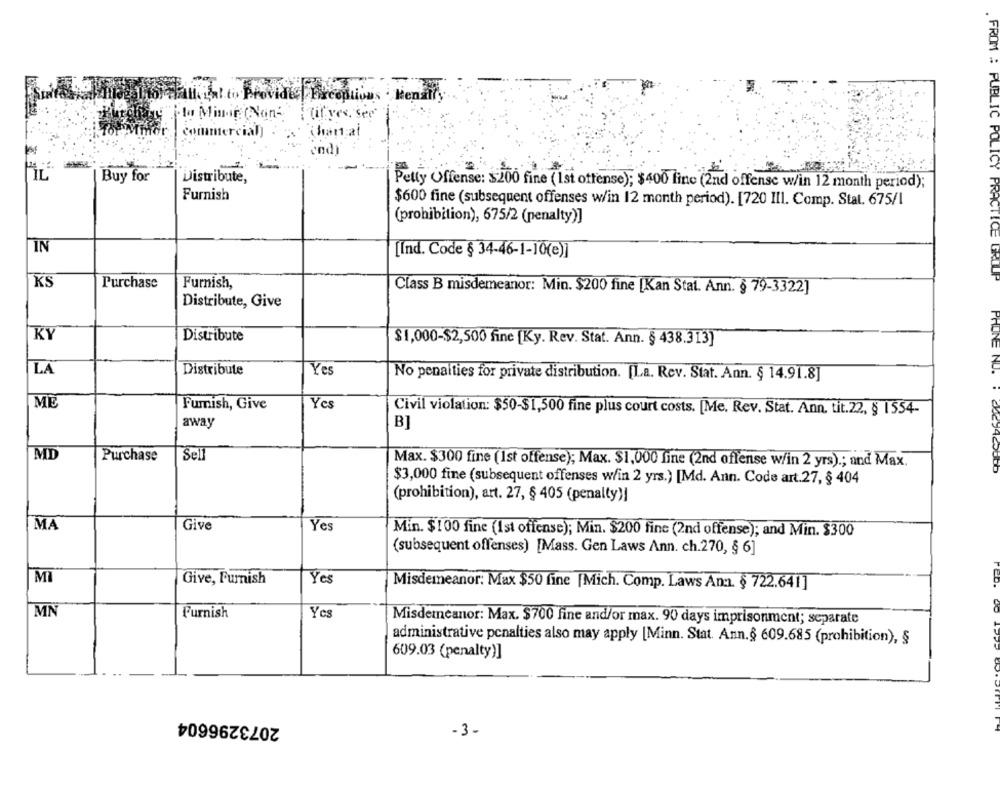
ahallgat to Provides Exceptions Mensity
j.to Minoir (Non -. "
Til ves, See
ercial
end)
IL
Buy for
Distribute,
Petty Offense: $200 fine ( 1st offense); $400 fine (2nd offense w/in 12 month period);
Furnish
$600 fine (subsequent offenses w/in 12 month period). [720 III. Comp. Stat. 675/1
(prohibition), 675/2 (penalty)]
IN
[Ind. Code § 34-46-1-10(e)]
KS
Purchase
Furnish,
. FROM : PUBLIC POLICY PRACTICE GROUP
Class B misdemeanor: Min. $200 fine [Kan Stat. Ann. § 79-3322]
Distribute, Give
KY
Distribute
$1,000-$2,500 fine [Ky. Rev. Stat. Ann. § 438.313]
LA
Distribute
Yes
No penalties for private distribution. [La. Rev. Stat. Ann. § 14.91.8]
MĚ
Yes
Fumish, Give
Civil violation: $50-$1,500 fine plus court costs. [Me. Rev. Stat. Ann. tit.22, § 1554-
away
MD
Purchase
Sell
Max. $300 fine (1st offense); Max. $1,000 fine (2nd offense w/in 2 yrs) .; and Max.
$3,000 fine (subsequent offenses w/in 2 yrs.) [Md. Ann. Code art.27, § 404
(prohibition), art. 27, § 405 (penalty)|
MA
Give
Yes
Min. $100 fine (1st offense); Min. $200 fine (2nd offense); and Min. $300
(subsequent offenses) [Mass. Gen Laws Ann. ch.270, § 6]
MI
Give, Furnish
Yes
Misdemeanor: Max $50 fine [Mich. Comp. Laws An :. § 722.641]
MŇ
Furnish
Yes
Misdemeanor: Max. $700 fine and/or max. 90 days imprisonment; separate
administrative penalties also may apply [Minn. Stat. Ann.§ 609.685 (prohibition), §
609.03 (penalty)]
2073296604
-3-